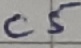
Text: C5